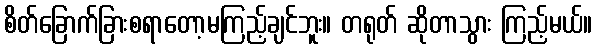
စိတ်ခြောက်ခြားစရာတော့မကြည့်ချင်ဘူး။ တရုတ် ဆိုတာသွား ကြည့်မယ်။